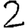
Digit: 2